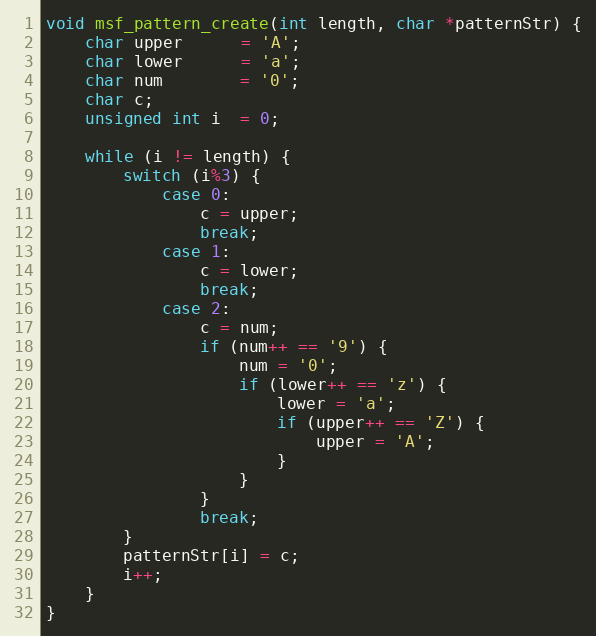
Language: C++
void msf_pattern_create(int length, char *patternStr) {
    char upper      = 'A';
    char lower      = 'a';
    char num        = '0';
    char c;
    unsigned int i  = 0;

    while (i != length) {
        switch (i%3) {
            case 0:
                c = upper;
                break;
            case 1:
                c = lower;
                break;
            case 2:
                c = num;
                if (num++ == '9') {
                    num = '0';
                    if (lower++ == 'z') {
                        lower = 'a';
                        if (upper++ == 'Z') {
                            upper = 'A';
                        }
                    }
                }
                break;
        }
        patternStr[i] = c;
        i++;
    }
}